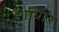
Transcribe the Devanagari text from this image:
शायार